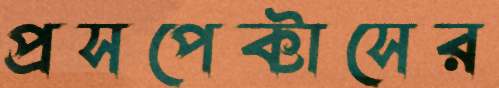
প্রসপেক্টাসের